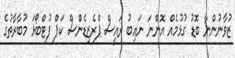
ޒުވާނުންނާ ބޮޑު ގުޅުމެއް އޮންނަ ނައިބު ރައީސް ޕްރެޒިޑެންސް ކަޕް ފުޓްބޯޅަ މުބާރާތުގެ